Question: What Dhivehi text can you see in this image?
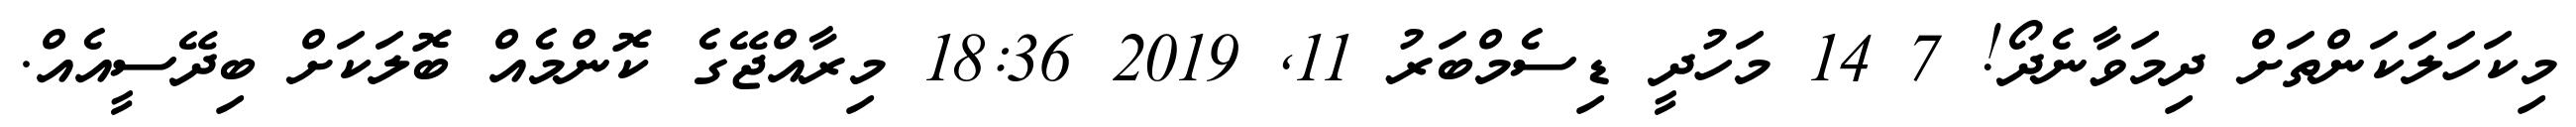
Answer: މިކަހަލަކަންތަށް ދިމަވާނެދޯ! 7 14 މަހުދީ ޑިސެމްބަރު 11, 2019 18:36 މިރާއްޖޭގެ ކޮންމެއް ބޮލަކަށް ބިދޭސީއެއް.